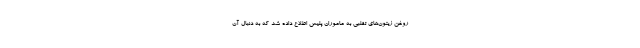
روغن زیتون‌های تقلبی به ماموران پلیس اطلاع داده شد که به دنبال آن